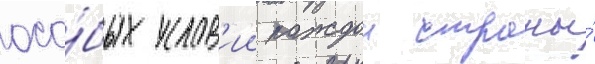
осо́бых услов'ии каждои страны́